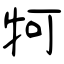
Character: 牱